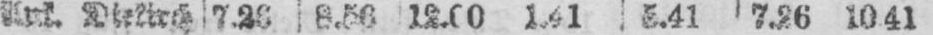
Ank. Dietrich 7.26 8.56 12.00 1.41 5.41 7.26 10.41